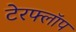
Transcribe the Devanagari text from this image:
टेरफ्लॉप